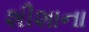
શીશાના